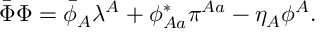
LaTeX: \bar { \Phi } \Phi = \bar { \phi } _ { A } \lambda ^ { A } + \phi _ { A a } ^ { * } \pi ^ { A a } - \eta _ { A } \phi ^ { A } .